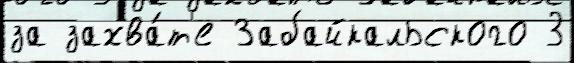
за захва́т'е Забайкальского 3